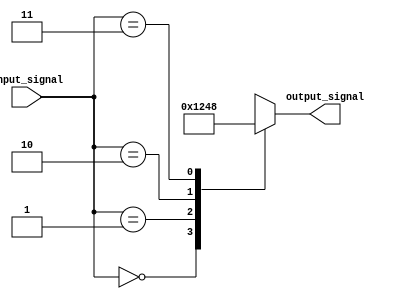
module simple_case_statement (
    input wire [1:0] input_signal,
    output reg [3:0] output_signal
);

always @(*) begin
    case (input_signal)
        2'b00: output_signal = 4'b0001;
        2'b01: output_signal = 4'b0010;
        2'b10: output_signal = 4'b0100;
        2'b11: output_signal = 4'b1000;
        default: output_signal = 4'bXXXX; //default case
    endcase
end

endmodule